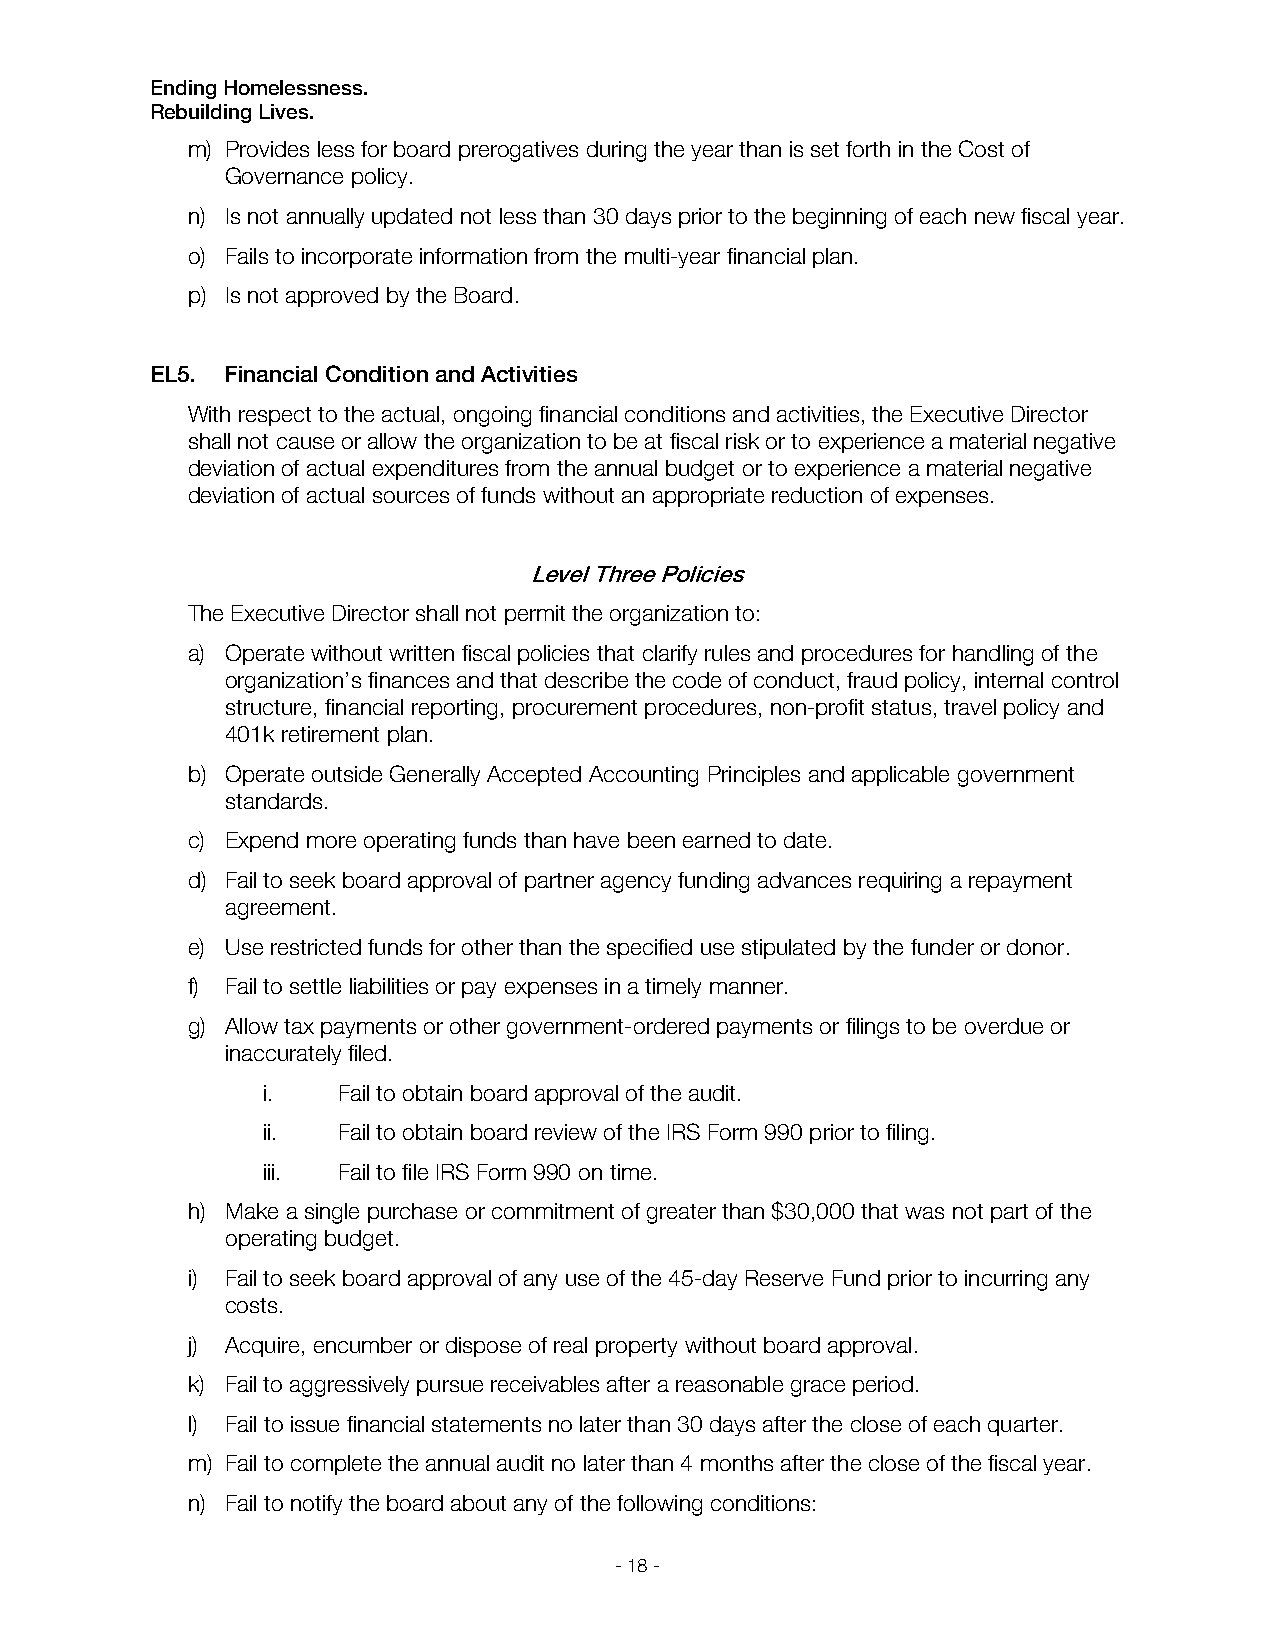
Ending Homelessness.
 Rebuilding Lives.
 m) Provides less for board prerogatives during the year than is set forth in the Cost of
 Governance policy.
 n) Is not annually updated not less than 30 days prior to the beginning of each new fiscal year.
 o) Fails to incorporate information from the multi-year financial plan.
 p) Is not approved by the Board.
 EL5. Financial Condition and Activities
 With respect to the actual, ongoing financial conditions and activities, the Executive Director
 shall not cause or allow the organization to be at fiscal risk or to experience a material negative
 deviation of actual expenditures from the annual budget or to experience a material negative
 deviation of actual sources of funds without an appropriate reduction of expenses.
 Level Three Policies
 The Executive Director shall not permit the organization to:
 a) Operate without written fiscal policies that clarify rules and procedures for handling of the
 organization’s finances and that describe the code of conduct, fraud policy, internal control
 structure, financial reporting, procurement procedures, non-profit status, travel policy and
 401k retirement plan.
 b) Operate outside Generally Accepted Accounting Principles and applicable government
 standards.
 c) Expend more operating funds than have been earned to date.
 d) Fail to seek board approval of partner agency funding advances requiring a repayment
 agreement.
 e) Use restricted funds for other than the specified use stipulated by the funder or donor.
 f) Fail to settle liabilities or pay expenses in a timely manner.
 g) Allow tax payments or other government-ordered payments or filings to be overdue or
 inaccurately filed.
 i.   Fail to obtain board approval of the audit.
 ii.  Fail to obtain board review of the IRS Form 990 prior to filing.
 iii. Fail to file IRS Form 990 on time.
 h) Make a single purchase or commitment of greater than $30,000 that was not part of the
 operating budget.
 i) Fail to seek board approval of any use of the 45-day Reserve Fund prior to incurring any
 costs.
 j) Acquire, encumber or dispose of real property without board approval.
 k) Fail to aggressively pursue receivables after a reasonable grace period.
 l) Fail to issue financial statements no later than 30 days after the close of each quarter.
 m) Fail to complete the annual audit no later than 4 months after the close of the fiscal year.
 n) Fail to notify the board about any of the following conditions:
 - 18 -